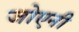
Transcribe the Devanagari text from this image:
जोएनी